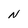
Character: N